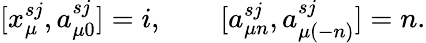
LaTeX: [x_{\mu}^{sj},a_{\mu 0}^{sj}]=i,\qquad[a_{\mu n}^{sj},a_{\mu(-n)}^{sj}]=n.